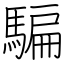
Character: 騙